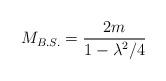
LaTeX: \begin{align*}M_{B.S.}={2m\over\displaystyle{ 1-{\lambda^2/4}}}\end{align*}